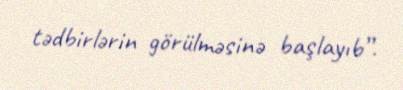
tədbirlərin görülməsinə başlayıb”.